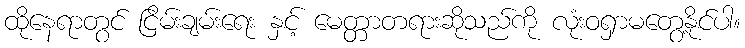
ထိုနေရာတွင် ငြိမ်းချမ်းရေး နှင့် မေတ္တာတရားဆိုသည်ကို လုံးဝရှာမတွေ့နိုင်ပါ။